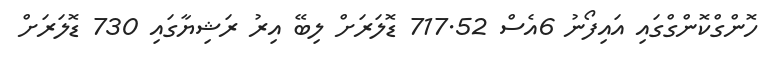
ހޮންގްކޮންގްގައި އައިފޯނު 6އެސް 717.52 ޑޮލަރަށް ލިބޭ އިރު ރަޝިޔާގައި 730 ޑޮލަރަށް